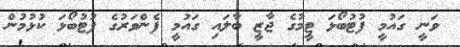
ވަނީ ގައުމީ ފުޓުބޯޅަ ޓީމުގެ ޖާޒީ ބާލައި ގައުމީ ފެންވަރުގެ ފުޓުބޯޅަ ކުޅުމުން